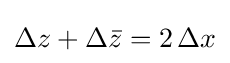
{\textstyle \Delta z+\Delta {\bar {z}}=2\,\Delta x}